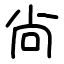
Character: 尙